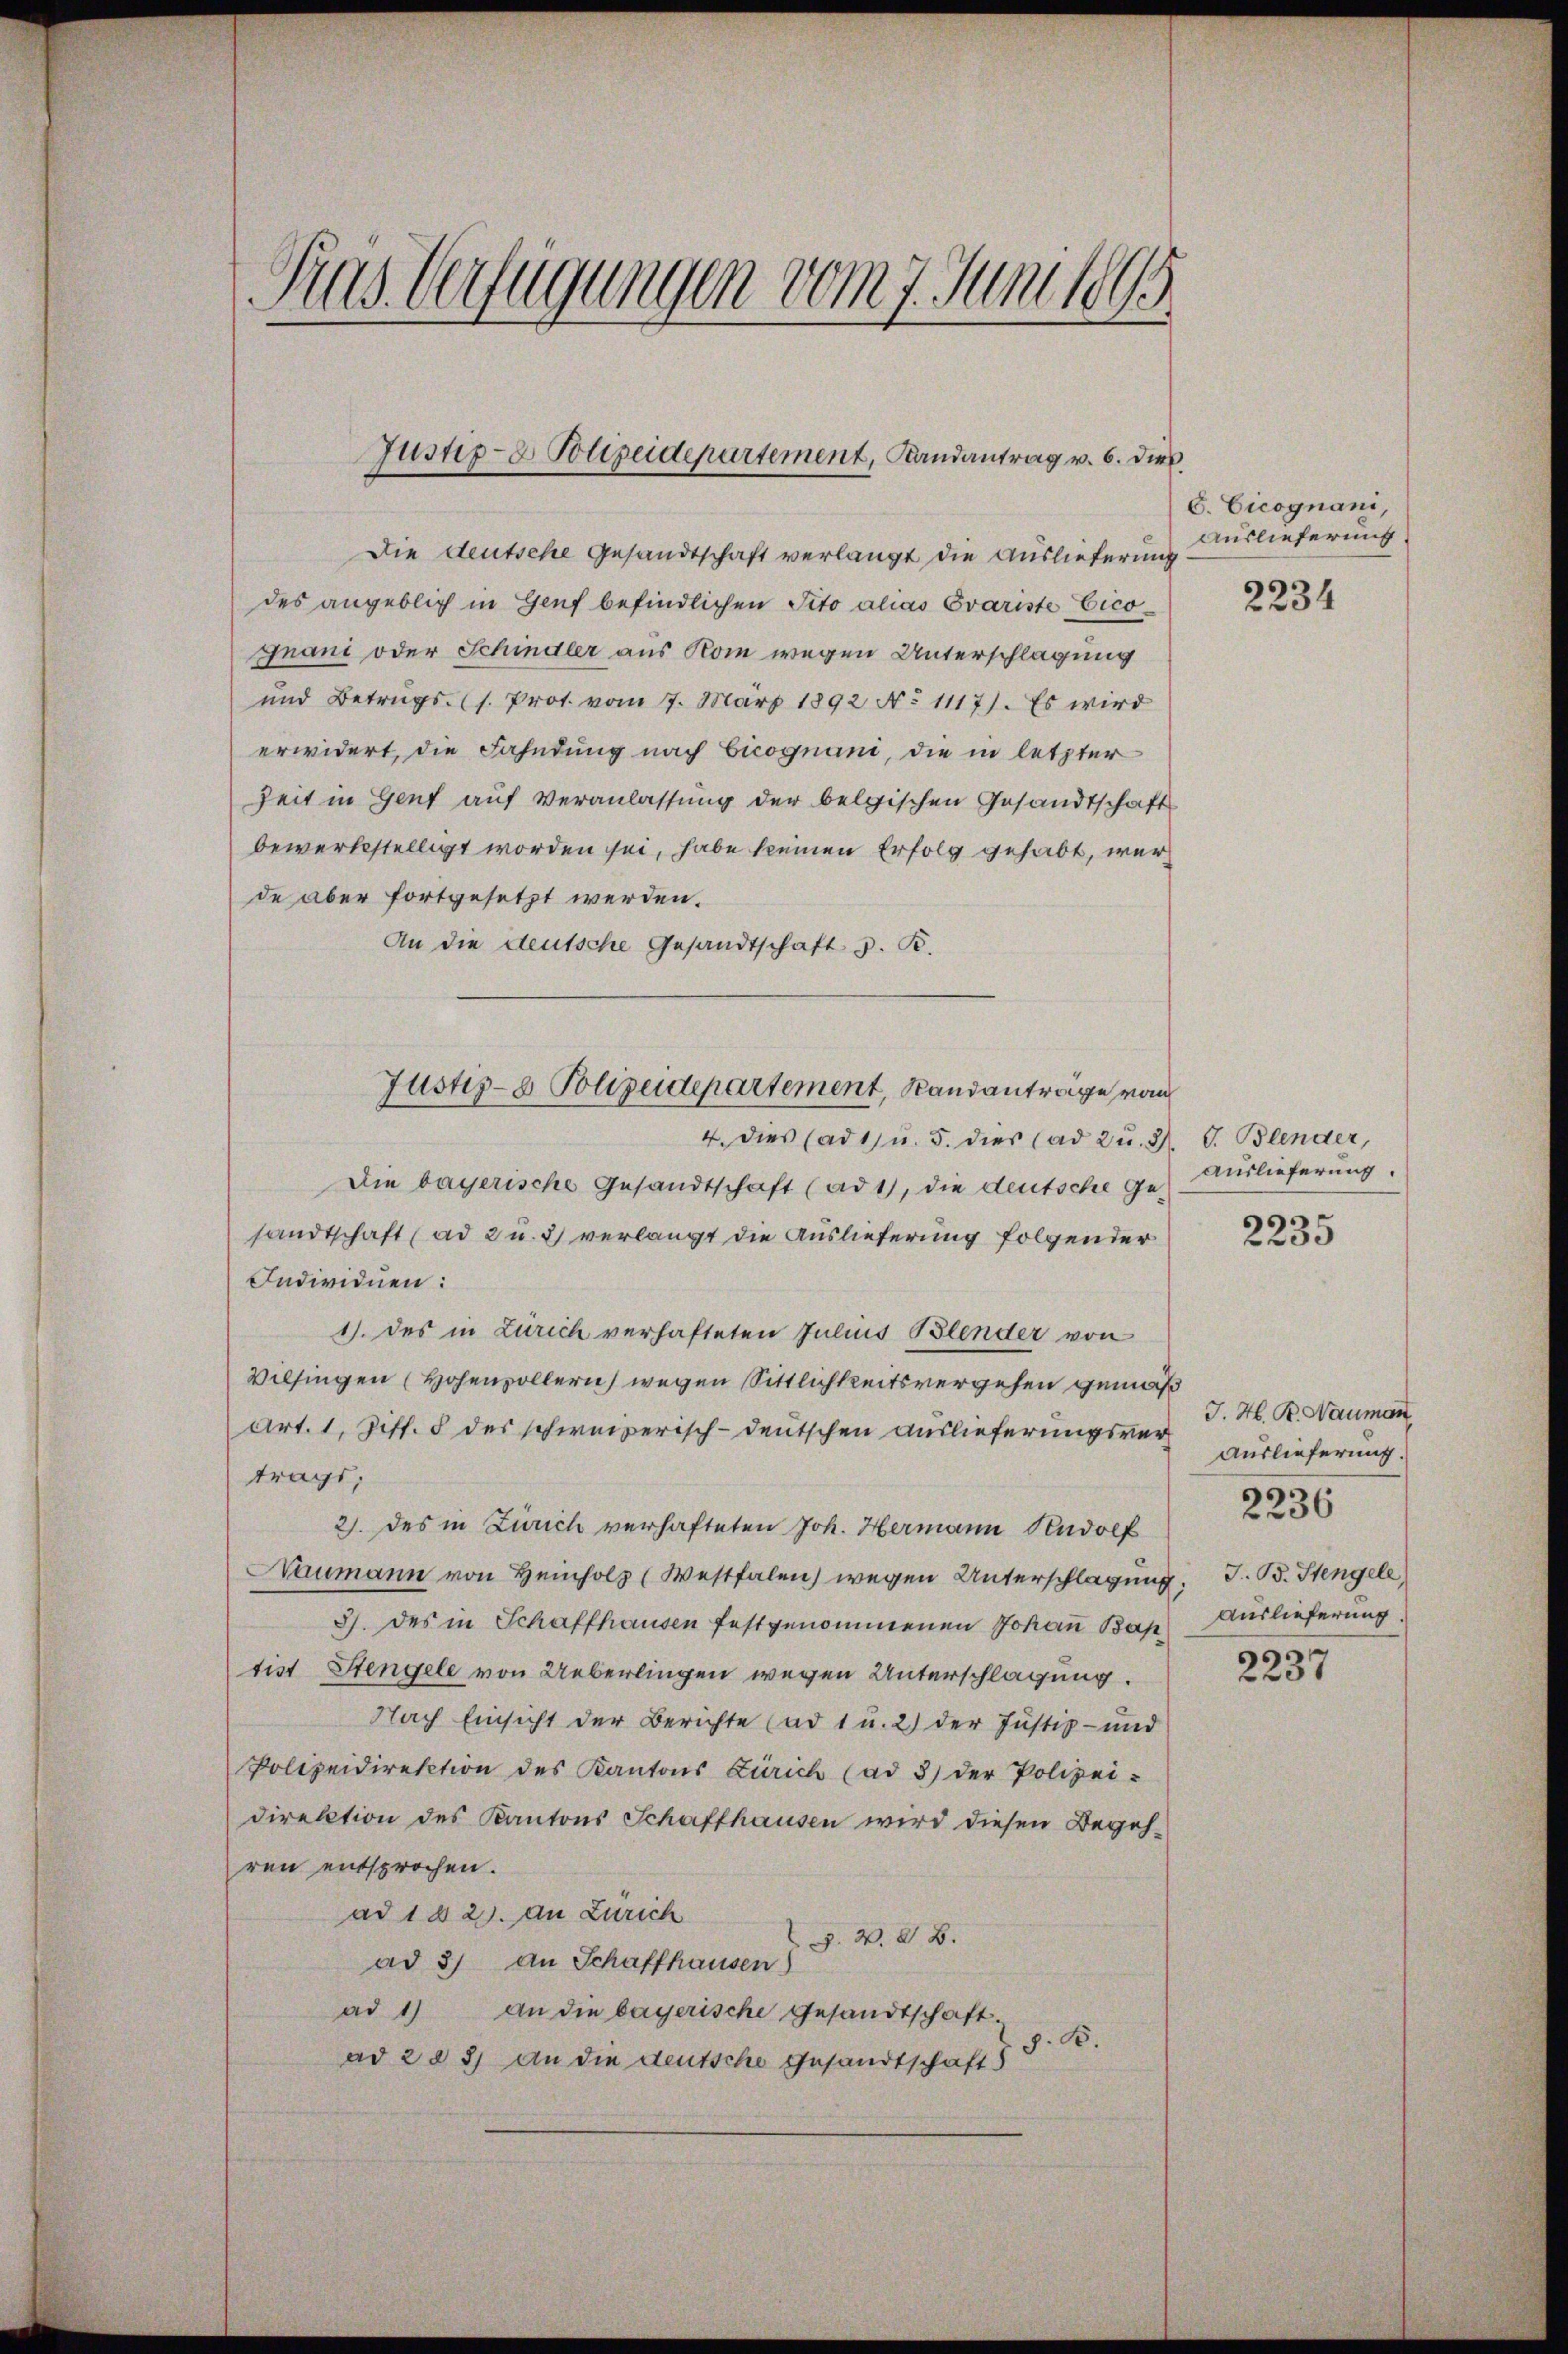
Pras. Verfügungen vom 7. Juni legs

Justiz- & Polizeidepartement, Landantrag v. 6. dies

Die deutsche Gesandtschaft verlangt die Auslieferung
des angeblich in Genf befindlichen Tito alias Evariste Cico¬
Gnani oder Schindler aus Rom wegen Unterschlagung
und Betrugs (s. Prot. vom 7. März 1892 No 1117). Es wird
erwidert, die Fahndung nach Cicognani, die in letzter
Zeit in Genf auf Veranlassung der belgischen Gesandtschaft
bewerkstelligt worden sei, habe keinen Erfolg gehabt, werde aber fortgesetzt werden.
An die deutsche Gesandtschaft 3. R.
4. Dies (ad 1, u. 5. dies (ad 2 u. 2. V. Blender,
Die bayerische Gesandtschaft (ad 1, die deutsche Gesandtschaft (ad 2 u. 3) verlangt die Auslieferung folgender
Individuen:
1). des in Zürich verhafteten Julius Blender von
Wilsingen (Hohenzollern, wegen Sittlichkeitsvergehen gemäß
Art. 1, Ziff. 8 des schweizerisch-deutschen Auslieferungsvertrags,
2. des in Zürich verhafteten Joh. Hermann Rudolf
Naumann von Heinholz (Westfalen) wegen Unterschlagung.
3). des in Schaffhausen festgenommenen Johann Bap
tist Stengele von Ueberlingen wegen Unterschlagung.
Nach Einsicht der Berichte (ad 1 u. 2) der Justiz- und
Polizeidirektion des Kantons Zürich (ad 3) der Polizei-
Direktion des Kantons Schaffhausen wird diesen Begehren entsprochen.
ad 1 § 2). An Zürich
Z. W. B.
ad 3) An Schaffhausen)
ad 1) an die bayerische Gesandtschaft.
z. B.
ad 2 § 31 an die deutsche Gesandtschaft

Justiz- & Polizeidepartement, Standanträge von

C. Cicognani,
Auslieferung

2234

Auslieferung.
s

200

J. H. B. Nauman
Auslieferung.
J. B. Stengele
Auslieferung

2236

2237